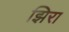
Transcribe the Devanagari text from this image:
झिरा